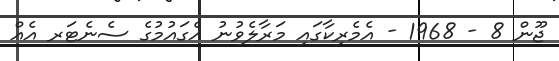
ޖޫން 8 - 1968 - އެމެރިކާގައި މަރާލެވުނު އެގައުމުގެ ސެނެޓަރ އެއް